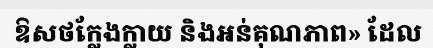
ឱសថក្លែងក្លាយ និងអន់គុណភាព» ដែល